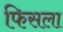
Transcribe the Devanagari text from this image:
फिसला